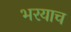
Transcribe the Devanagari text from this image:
भरयाच